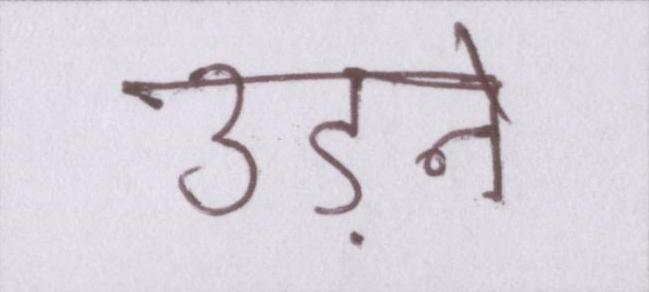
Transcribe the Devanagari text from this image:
उड़ने